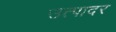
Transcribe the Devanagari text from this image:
उत्पादर